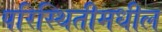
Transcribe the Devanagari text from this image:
परिस्थितीमधील